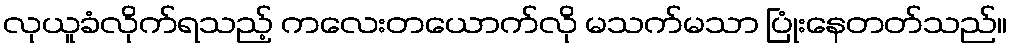
လုယူခံလိုက်ရသည့် ကလေးတယောက်လို မသက်မသာ ပြုံးနေတတ်သည်။